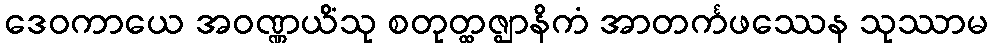
ဒေဝကာယေ အဝဏ္ဏယိံသု စတုတ္ထဇ္ဈာနိကံ အာတင်္ကဖဿေန သုဿာမ